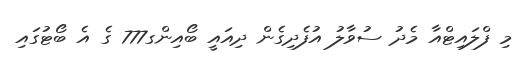
މި ފްލައިޓްއާ މެދު ސުވާލު އުފެދިގެން ދިއައީ ބޯއިންގ777 ގެ އެ ބޯޓުގައި